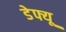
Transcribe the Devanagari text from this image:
डेफ्यू